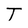
Character: T